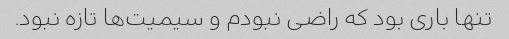
تنها باری بود که راضی نبودم و سیمیت‌ها تازه نبود.